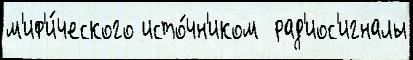
м'иф'и́ческого исто́чн'иком  рад'иос'игналы